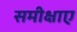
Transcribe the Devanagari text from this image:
समीक्षाए